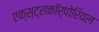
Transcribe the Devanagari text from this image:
एक्स्ट्राकॉर्पोरियल